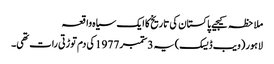
ملاحظہ کیجیے پاکستان کی تاریخ کا ایک سیاہ واقعہ
لاہور (ویب ڈیسک)یہ 3ستمبر 1977کی دم توڑتی رات تھی۔